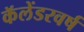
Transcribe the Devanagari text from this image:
कॅलेंडरवर्ष